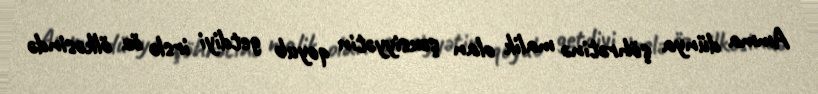
Amma dünya şöhrətinə malik olan şəxsiyyətin qoyub getdiyi irslə öz ölkəsində